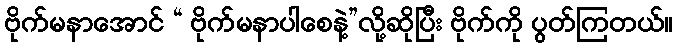
ဗိုက်မနာအောင် “ ဗိုက်မနာပါစေနဲ့”လို့ဆိုပြီး ဗိုက်ကို ပွတ်ကြတယ်။